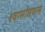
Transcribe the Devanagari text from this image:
श्वासोछवास